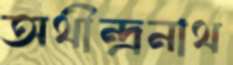
অথীন্দ্রনাথ